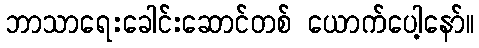
ဘာသာရေးခေါင်းဆောင်တစ် ယောက်ပေါ့နော်။